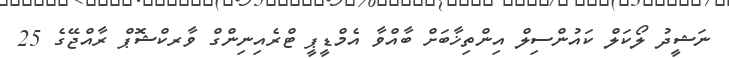
ނަޝީދު ލޯކަލް ކައުންސިލް އިންތިޚާބަށް ބާއްވާ އެމްޑީޕީ ޓްރެއިނިންގް ވާރކްޝޮޕް ރާއްޖޭގެ 25